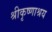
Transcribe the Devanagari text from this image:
श्रीकृष्णाश्रय